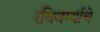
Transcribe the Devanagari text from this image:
रविवर्म्याचे